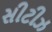
સીટીઝ